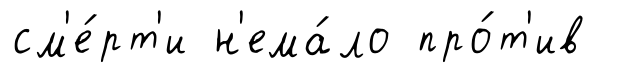
см'е́рт'и н'ема́ло про́т'ив